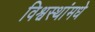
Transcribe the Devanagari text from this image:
विश्वस्थांमधे